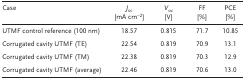
| Case | Jsc [mA cm−2] | Voc [V] | FF [%] | PCE [%] |
 | --- | --- | --- | --- | --- |
 | UTMF control reference (100 nm) | 18.57 | 0.815 | 71.7 | 10.85 |
 | Corrugated cavity UTMF (TE) | 22.54 | 0.819 | 70.9 | 13.1 |
 | Corrugated cavity UTMF (TM) | 22.38 | 0.819 | 70.3 | 12.9 |
 | Corrugated cavity UTMF (average) | 22.46 | 0.819 | 70.6 | 13.0 |